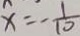
x = - \frac { 1 } { 1 0 }